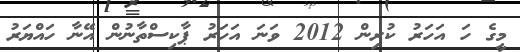
މީގެ ހަ އަހަރު ކުރިން 2012 ވަނަ އަހަރު ޕާކިސްތާނުން އޭނާ ހައްޔަރު